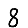
Digit: 8